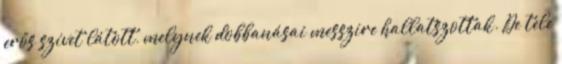
erős szívet látott, melynek dobbanásai messzire hallatszottak. De tele